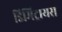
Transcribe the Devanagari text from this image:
डिमिट्रायस